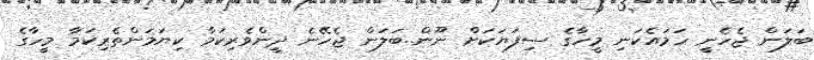
ބަލަން ޖެހެނީ ހަމައެކަނި މީހާގެ ސިފަޔަކަށް ނޫން..ބަލަން ޖެހޭނެ ދީންވެރިކަމާ ކިޔަމަންތެރިކަމާ މީހާގެ